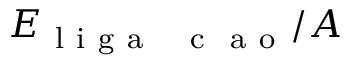
E _ { \mathrm { ~ l ~ i ~ g ~ a ~ \c ~ { ~ c ~ } ~ a ~ o ~ } } / A